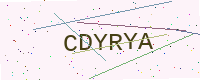
Text: CDYRYA